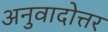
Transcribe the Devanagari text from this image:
अनुवादोत्तर